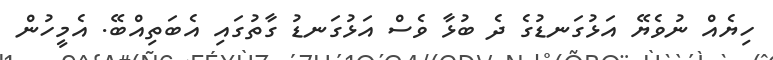
ހިޔެއް ނުވެޔޭ އަޅުގަނޑުގެ ދެ ބުޅާ ވެސް އަޅުގަނޑު ގާތުގައި އެބަތިއްބޭ. އެމީހުން